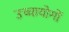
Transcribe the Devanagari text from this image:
उच्चायोगों